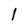
Character: 1